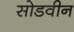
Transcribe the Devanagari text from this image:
सोडवीन